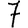
Digit: 7